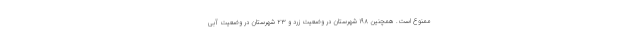
ممنوع است. همچنین ۱۹۸ شهرستان در وضعیت زرد و ۲۳ شهرستان در وضعیت آبی